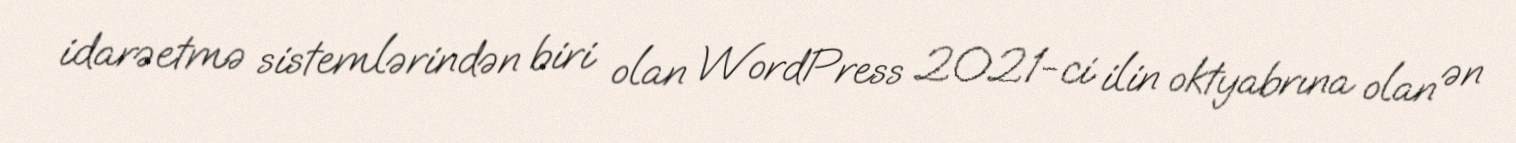
idarəetmə sistemlərindən biri olan WordPress 2021-ci ilin oktyabrına olan ən